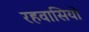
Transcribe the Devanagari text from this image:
रहवासियो